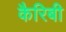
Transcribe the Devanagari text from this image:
कैरिबी